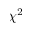
\chi ^ { 2 }